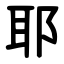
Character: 耶